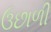
ઉછાળી